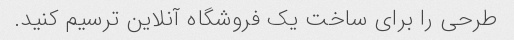
طرحی را برای ساخت یک فروشگاه آنلاین ترسیم کنید.